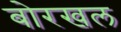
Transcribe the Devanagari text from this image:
बोरखल